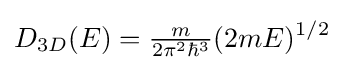
D_{3D}(E)={\tfrac {m}{2\pi ^{2}\hbar ^{3}}}(2mE)^{1/2}